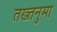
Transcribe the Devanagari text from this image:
तख्तनुमा